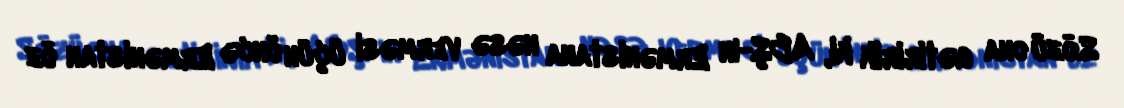
Sözü ona gətiririk ki, ABŞ-ın Ermənistana nəsə verməsi üçün öncə Ermənistan öz